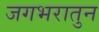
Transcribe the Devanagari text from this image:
जगभरातुन